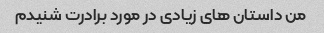
من داستان های زیادی در مورد برادرت شنیدم